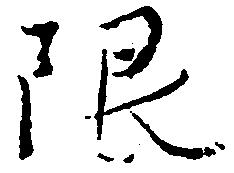
限